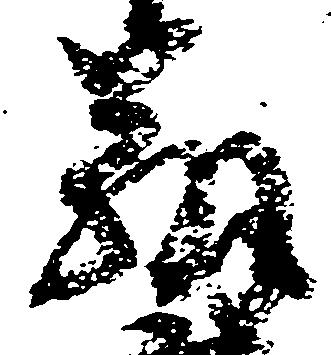
弁